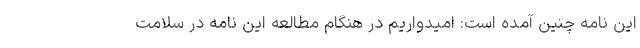
این نامه چنین آمده است: امیدواریم در هنگام مطالعه این نامه در سلامت